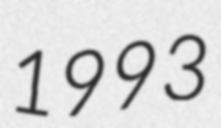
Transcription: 1993